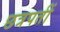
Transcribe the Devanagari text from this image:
छत्रपतीं